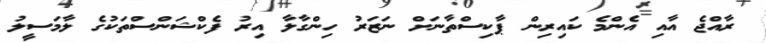
ރާއްޖެ އާއި އެންމެ ކައިރިން ޕާކިސްތާނަށް ނަޒަރު ހިންގާލާ އިރު ފެކްޝަންސްތަކުގެ ލާމަސީލު